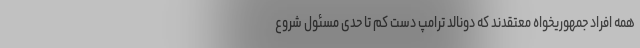
همه افراد جمهوریخواه معتقدند که دونالد ترامپ دست کم تا حدی مسئول شروع